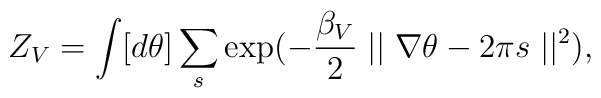
Z_V = \int [d\theta ] \sum_{ s }\exp(-\frac{{\beta}_V}{2}\mid\mid \nabla \theta -2\pi s\mid\mid^2),